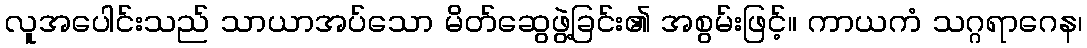
လူအပေါင်းသည် သာယာအပ်သော မိတ်ဆွေဖွဲ့ခြင်း၏ အစွမ်းဖြင့်။ ကာယကံ သဂ္ဂရာဂေန၊